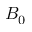
B _ { 0 }